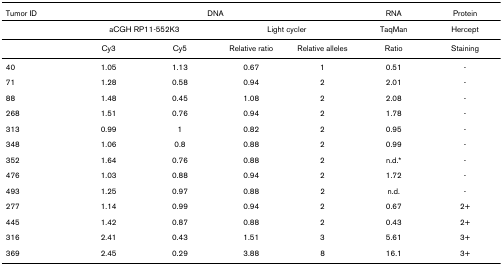
<table><thead><tr><td><b>Tumor ID</b></td><td colspan="4"><b>DNA</b></td><td><b>RNA</b></td><td><b>Protein</b></td></tr></thead><tbody><tr><td></td><td colspan="2">aCGH RP11-552K3</td><td colspan="2">Light cycler</td><td>TaqMan</td><td>Hercept</td></tr><tr><td></td><td>Cy3</td><td>Cy5</td><td>Relative ratio</td><td>Relative alleles</td><td>Ratio</td><td>Staining</td></tr><tr><td>40</td><td>1.05</td><td>1.13</td><td>0.67</td><td>1</td><td>0.51</td><td>-</td></tr><tr><td>71</td><td>1.28</td><td>0.58</td><td>0.94</td><td>2</td><td>2.01</td><td>-</td></tr><tr><td>88</td><td>1.48</td><td>0.45</td><td>1.08</td><td>2</td><td>2.08</td><td>-</td></tr><tr><td>268</td><td>1.51</td><td>0.76</td><td>0.94</td><td>2</td><td>1.78</td><td>-</td></tr><tr><td>313</td><td>0.99</td><td>1</td><td>0.82</td><td>2</td><td>0.95</td><td>-</td></tr><tr><td>348</td><td>1.06</td><td>0.8</td><td>0.88</td><td>2</td><td>0.99</td><td>-</td></tr><tr><td>352</td><td>1.64</td><td>0.76</td><td>0.88</td><td>2</td><td>n.d.*</td><td>-</td></tr><tr><td>476</td><td>1.03</td><td>0.88</td><td>0.94</td><td>2</td><td>1.72</td><td>-</td></tr><tr><td>493</td><td>1.25</td><td>0.97</td><td>0.88</td><td>2</td><td>n.d.</td><td>-</td></tr><tr><td>277</td><td>1.14</td><td>0.99</td><td>0.94</td><td>2</td><td>0.67</td><td>2+</td></tr><tr><td>445</td><td>1.42</td><td>0.87</td><td>0.88</td><td>2</td><td>0.43</td><td>2+</td></tr><tr><td>316</td><td>2.41</td><td>0.43</td><td>1.51</td><td>3</td><td>5.61</td><td>3+</td></tr><tr><td>369</td><td>2.45</td><td>0.29</td><td>3.88</td><td>8</td><td>16.1</td><td>3+</td></tr></tbody></table>